Calcutta medical institutions reports 1879-81 [i.e.91]
Year: 1879
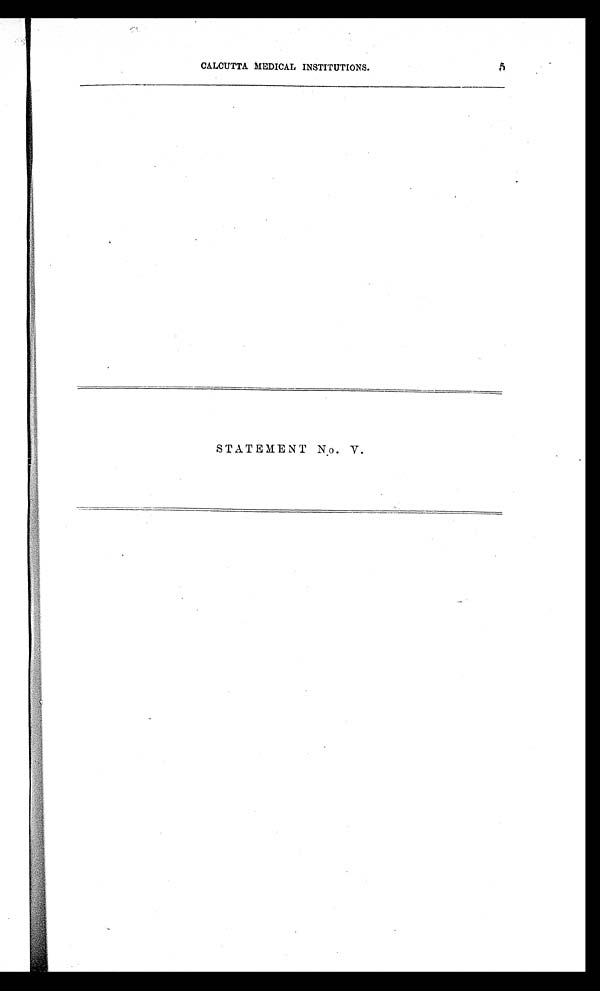
CALCUTTA MEDICAL INSTITUTIONS. 5
STATEMENT No. V.